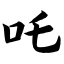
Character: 吒